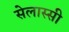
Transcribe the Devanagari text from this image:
सेलास्सी